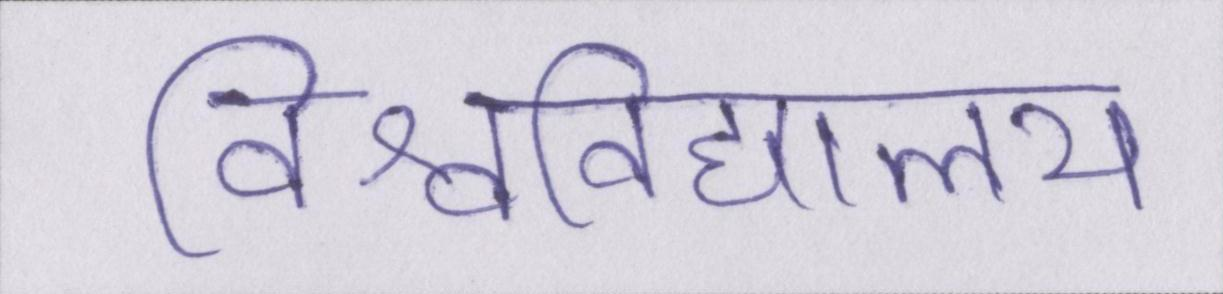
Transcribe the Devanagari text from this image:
विश्वविद्यालय